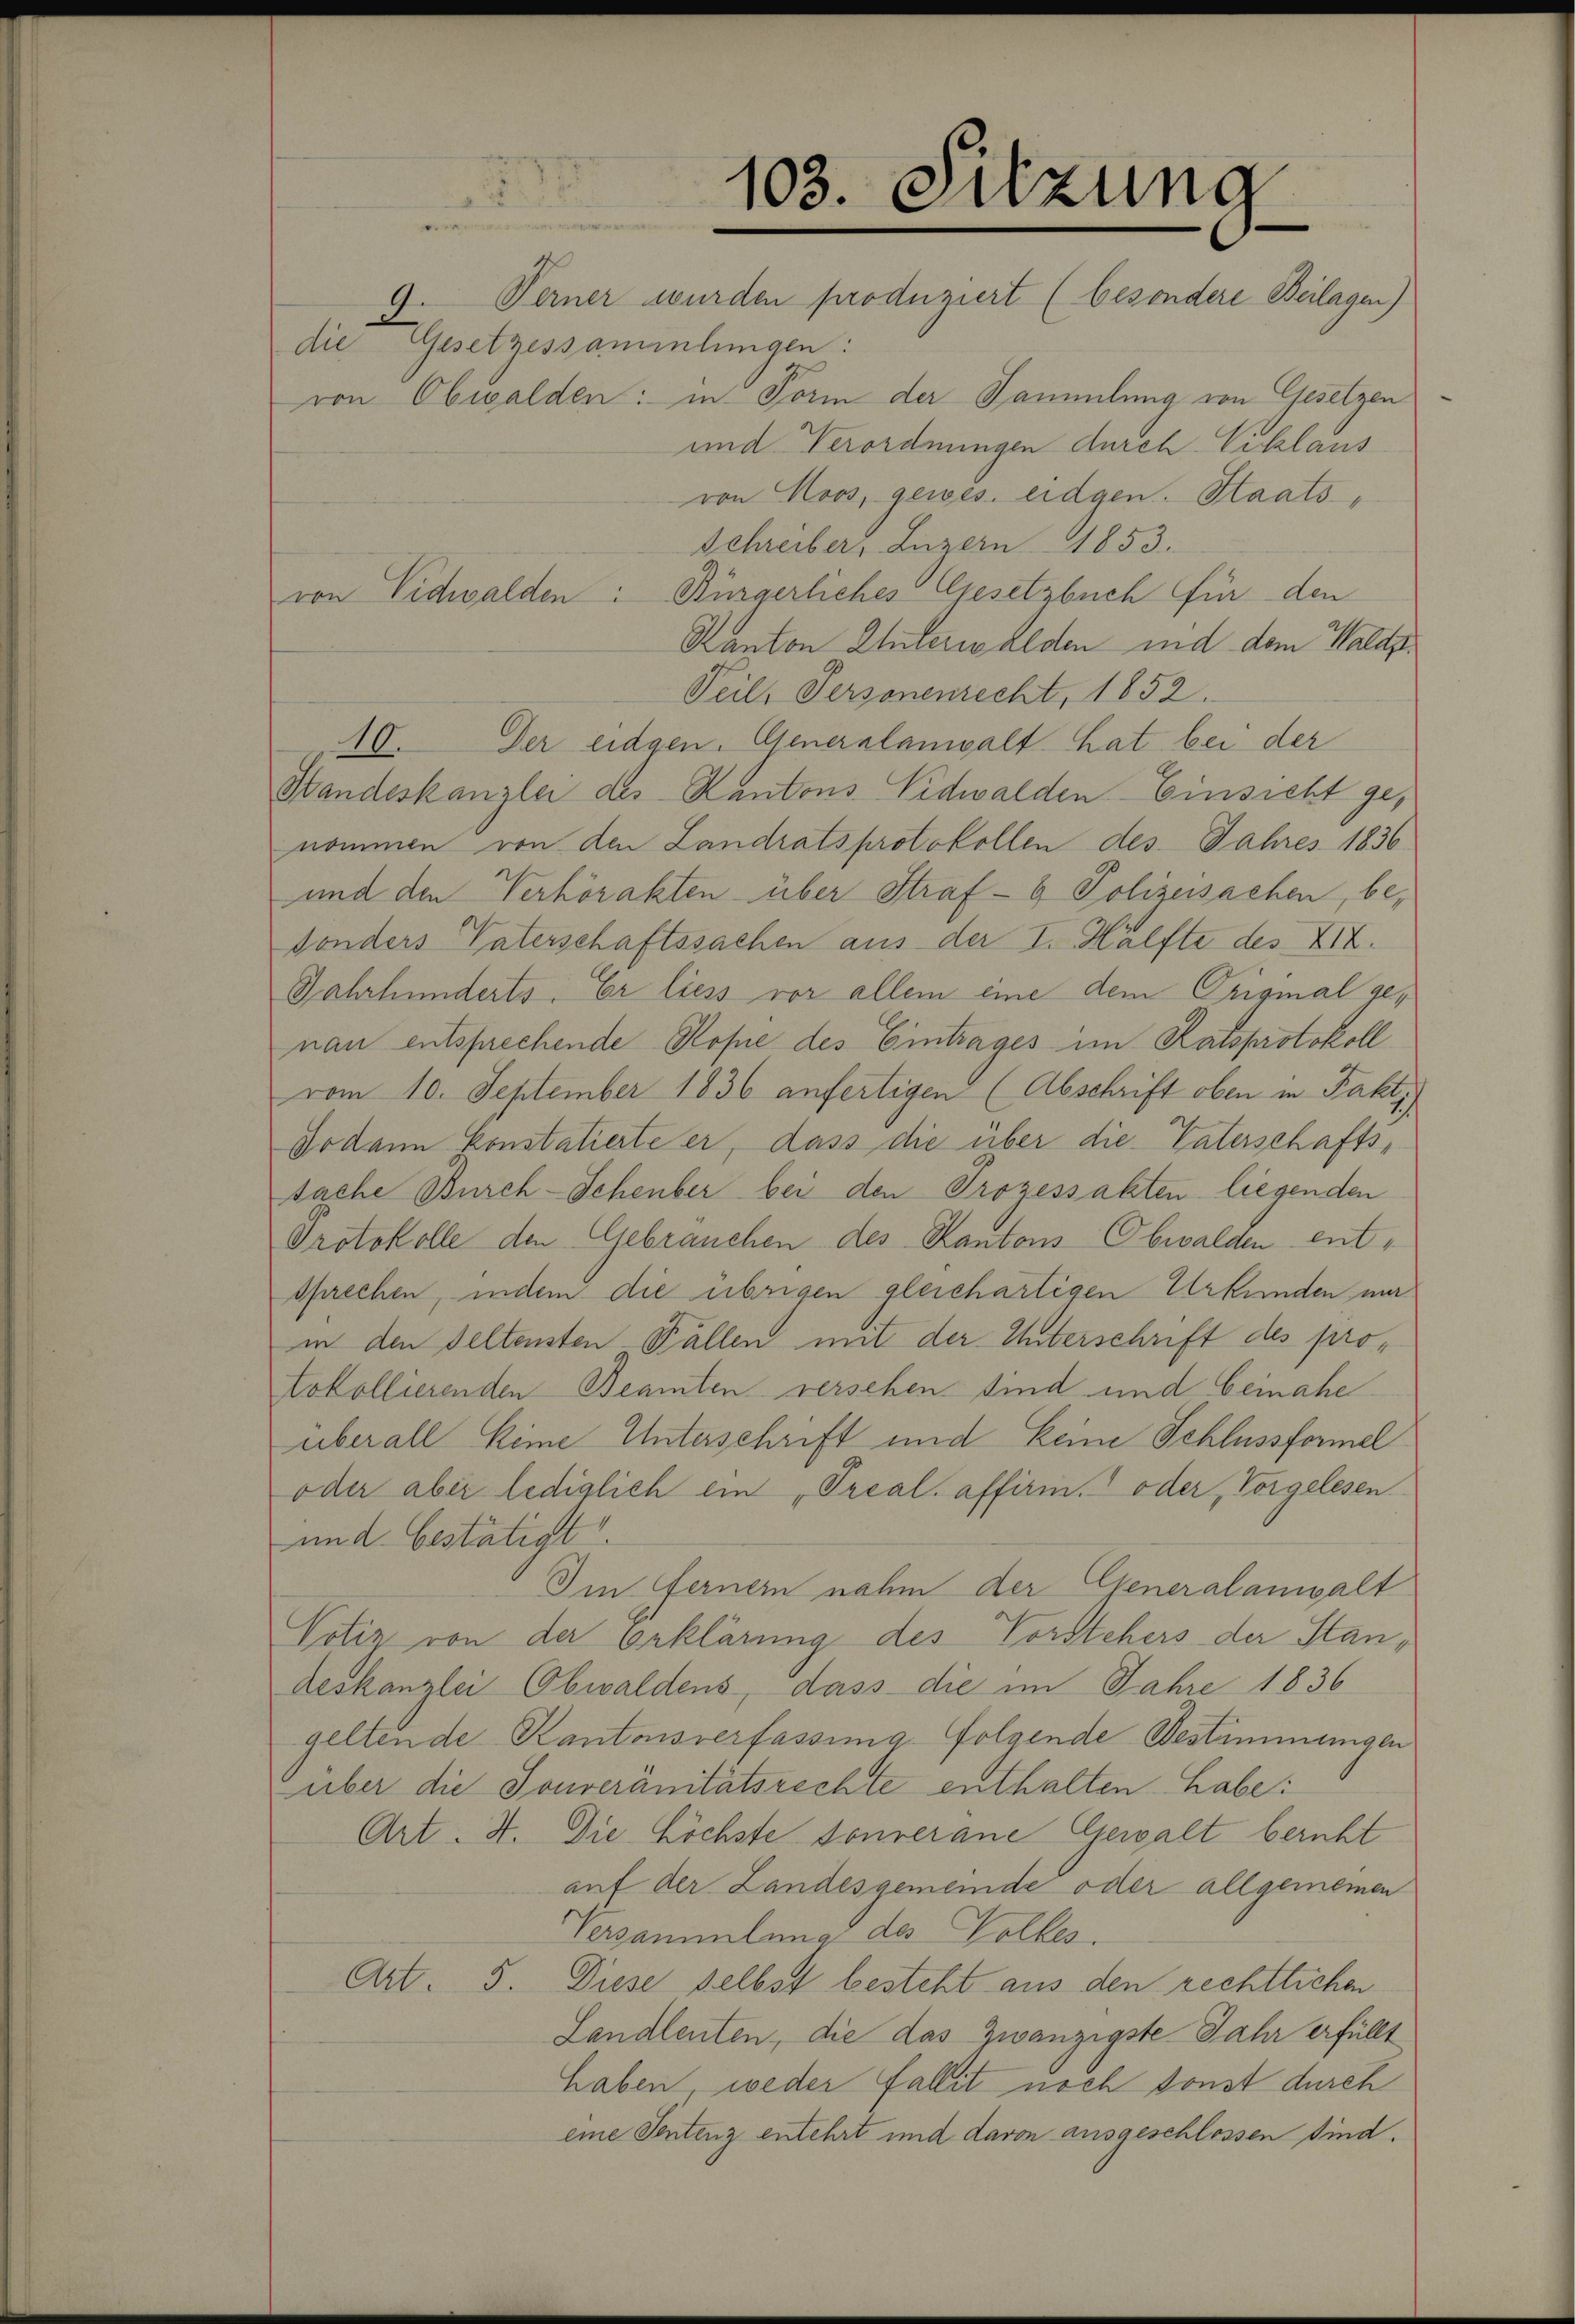
die Gesetzessammlungen:
von Obwalden: in Form der Sammlung von Gesetzen
und Verordnungen durch Viclaus
von Moos, gewes. eidgen. Staats-,
Schreiber, Luzern 1853.
von Vichwalden: Bürgerliches Gesetzbuch für den
Kanton Unterwalden und dem Waldz
Teil, Personenrecht, 1852.
10. Der eidgen. Generalanwalt hat bei der
Standeskanzlei des Kantons Nidwalden Einsicht genommen von den Landratsprotokollen des Jahres 1836
und den Verhörakten über Straf- & Polizeisachen, besonders Vaterschaftssachen aus der I. Hälfte des XIX.
Jahrhunderts. Er liess vor allem eine dem Orignal genau entsprechende Rose des Eintrages im Ratsprotokoll
vom 10. September 1836 anfertigen (Abschrift oben in Fakti
Dodann konstatierte er, dass die über die Vaterschaftssache Burch-Schenber bei den Prozessakten liegenden
Protokolle den Gebrauchen des Kantons Obwalden entsprechen, indem die übrigen gleichartigen Urkunden nur
in den seltensten Fällen mit der Unterschrift des protokollierenden Beamten versehen sind und beinahe
überall Kime Unterschrift und keine Schlussformel
oder aber lediglich ein Preal affirin, oder Vorgelesen
und bestätigt
Im Ferner nahm der Generalanwalt
Votiz von der Erklärung des Vorstehers der Standeskanzlei Obwaldens, dass die im Jahre 1836
geltende Kantonsverfassung folgende Bestimmungen
über die Souveränitätsrechte enthalten habe:
Art. 4. Die Höchste souverane Gewalt bericht
auf der Landesgemeinde oder allgemeinen
Versammlung des Volkes.
Art. 5. Diese selbst besteht aus den rechtlichen
Landleuten, die das Zwanzigste Jahr erfüllt
haben weder Fallit noch sonst durch
eine Sentenz entehrt und davon ausgeschlossen sind.

103. Sitzung
9. Ferner wurden produziert (besondere Beilagen)